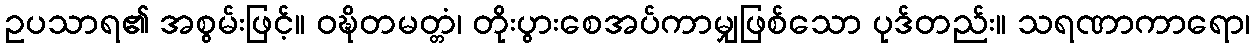
ဥပသာရ၏ အစွမ်းဖြင့်။ ဝဍ္ဎိတမတ္တံ၊ တိုးပွားစေအပ်ကာမျှဖြစ်သော ပုဒ်တည်း။ သရဏာကာရော၊